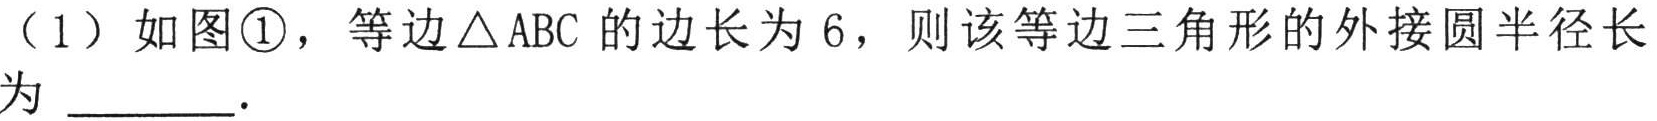
（1）如图\textcircled{1}，等边\(\triangle ABC\)的边长为\(6\)，则该等边三角形的外接圆半径长为  ．